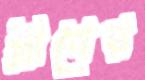
গ্রীনের